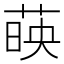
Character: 𦴤